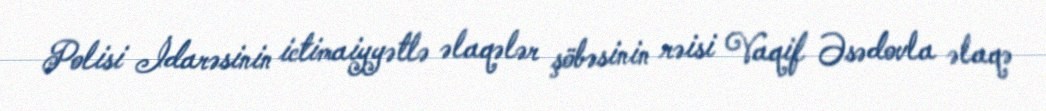
Polisi İdarəsinin ictimaiyyətlə əlaqələr şöbəsinin rəisi Vaqif Əsədovla əlaqə